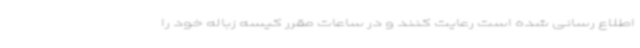
اطلاع‌ رسانی شده است رعایت کنند و در ساعات مقرر کیسه زباله خود را